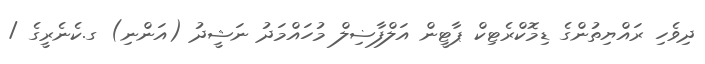
ދިވެހި ރައްޔިތުންގެ ޑިމޮކްރެޓިކް ޕާޓީން އަލްފާޟިލް މުހައްމަދު ނަޝީދު (އަންނި) ގ.ކެނެރީގެ /